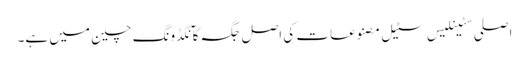
اصلی سٹینلیس سٹیل مصنوعات کی اصل جگہ گآنگڈونگ چین میں ہے۔